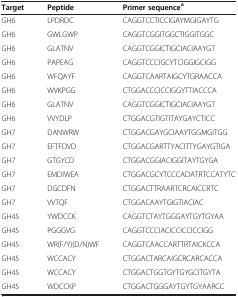
| Target | Peptide | Primer sequencea |
 | --- | --- | --- |
 | GH6 | LPDRDC | CAGGTCCTICCIGAYMGIGAYTG |
 | GH6 | GWLGWP | CAGGTCGGITGGCTIGGITGGC |
 | GH6 | GLATNV | CAGGTCGGICTIGCIACIAAYGT |
 | GH6 | PAPEAG | CAGGTCCCIGCYTCIGGIGCIGG |
 | GH6 | WFQAYF | CAGGTCAARTAIGCYTGRAACCA |
 | GH6 | WVKPGG | CTGGACCCICCIGGYTTIACCCA |
 | GH6 | GLATNV | CAGGTCGGICTIGCIACIAAYGT |
 | GH6 | VVYDLP | CTGGACGTIGTITAYGAYCTICC |
 | GH7 | DANWRW | CTGGACGAYGCIAAYTGGMGITGG |
 | GH7 | EFTFDVD | CTGGACGARTTYACITTYGAYGTIGA |
 | GH7 | GTGYCD | CTGGACGGIACIGGITAYTGYGA |
 | GH7 | EMDIWEA | CTGGACGCYTCCCADATRTCCATYTC |
 | GH7 | DGCDFN | CTGGACTTRAARTCRCAICCRTC |
 | GH7 | VVTQF | CTGGACAAYTGIGTIACIAC |
 | GH45 | YWDCCK | CAGGTCTAYTGGGAYTGYTGYAA |
 | GH45 | PGGGVG | CAGGTCCCIACICCICCICCIGG |
 | GH45 | WR(F/Y)(D/N)WF | CAGGTCAACCARTTRTAICKCCA |
 | GH45 | WCCACY | CTGGACTARCAIGCRCARCACCA |
 | GH45 | WCCACY | CTGGACTGGTGYTGYGCITGYTA |
 | GH45 | WDCCKP | CTGGACTGGGAYTGYTGYAARCC |